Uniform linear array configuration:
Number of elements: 8
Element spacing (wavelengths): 0.5
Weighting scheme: cosine
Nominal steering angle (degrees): -15
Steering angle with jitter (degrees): -16.264
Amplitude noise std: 0.05
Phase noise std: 0.05

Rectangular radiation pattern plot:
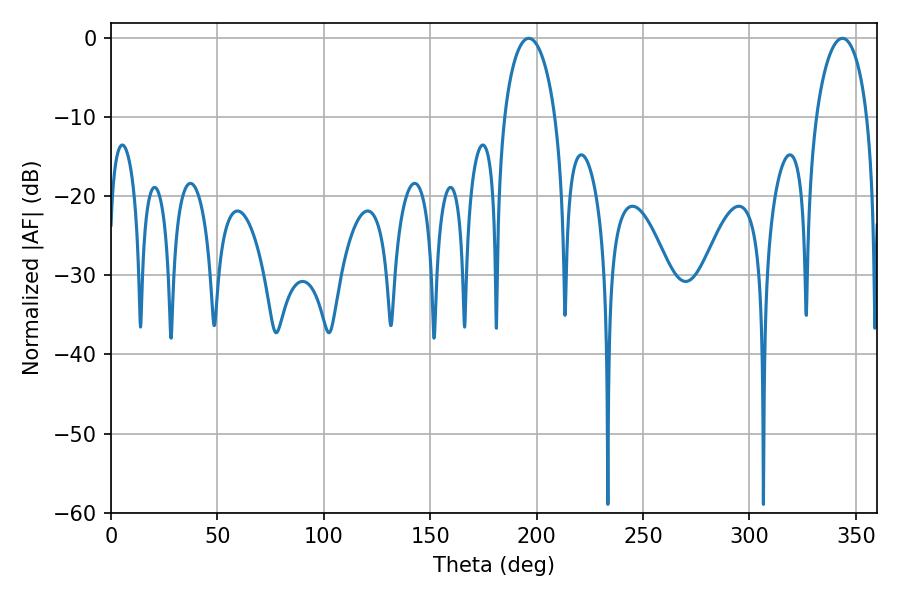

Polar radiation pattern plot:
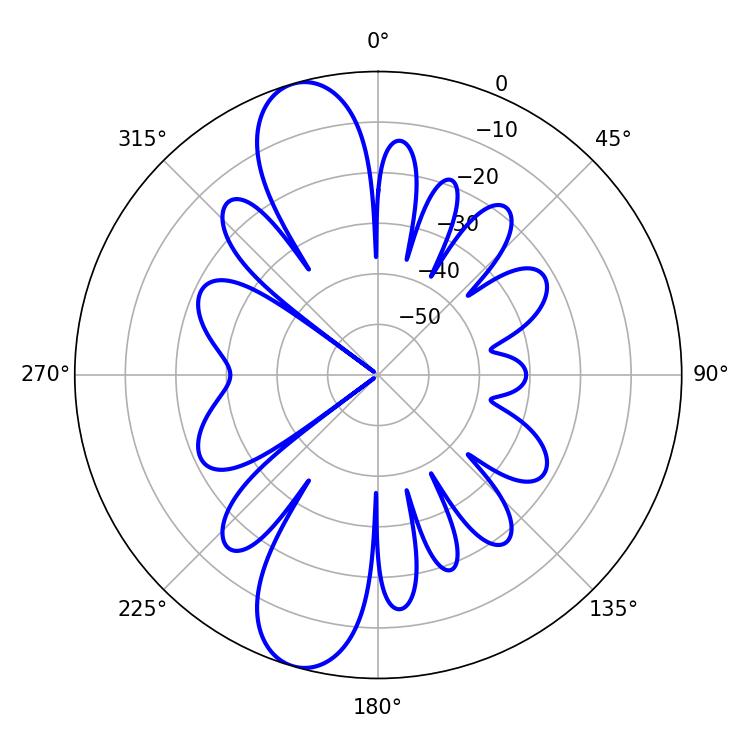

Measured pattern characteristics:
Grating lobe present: FALSE
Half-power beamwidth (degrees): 13.86
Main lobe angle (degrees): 196.38